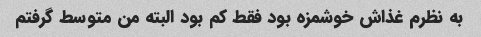
به نظرم غذاش خوشمزه بود فقط کم بود البته من متوسط گرفتم